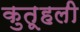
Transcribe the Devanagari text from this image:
कुतूहली